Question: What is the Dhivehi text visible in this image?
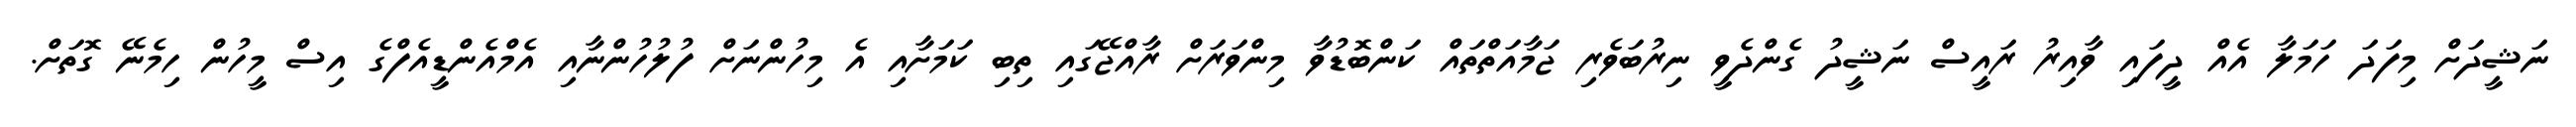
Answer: ނަޝީދަށް މިފަދަ ހަމަލާ އެއް ދީފައި ވާއިރު ރައީސް ނަޝީދު ގެންދެވީ ނިރުބަވެރި ޖަމާއަތްތައް ކަންބޮޑުވާ މިންވަރަށް ރާއްޖޭގައި ތިބި ކަމަށާއި އެ މިހުންނަށް ފުލުހުންނާއި އެމްއެންޑީއެފްގެ އިސް މީހުން ހިމެނޭ ގޮތަށް.